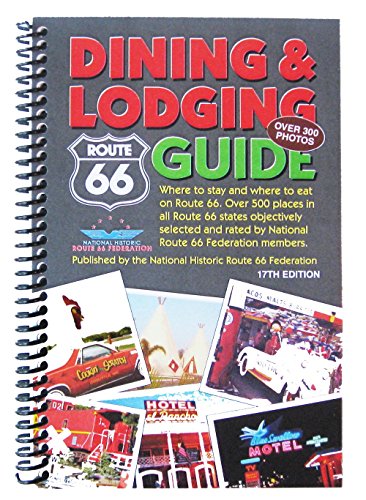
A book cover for Route 66 Dining & Lodging Guide - 17th Edition - Spiral Bound; National Historic Route 66 Federation; Travel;